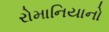
રોમાનિયાનો